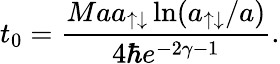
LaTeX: t_{0}=\frac{Maa_{\uparrow\downarrow}\ln(a_{\uparrow\downarrow}/a)}{4\hbar e^{-2\gamma-1}}.